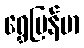
ရွှေမြန်မာ